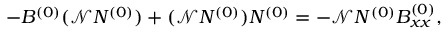
- B ^ { ( 0 ) } ( \mathscr { N } N ^ { ( 0 ) } ) + ( \mathscr { N } N ^ { ( 0 ) } ) N ^ { ( 0 ) } = - \mathscr { N } N ^ { ( 0 ) } B _ { x x } ^ { ( 0 ) } ,